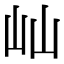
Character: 屾